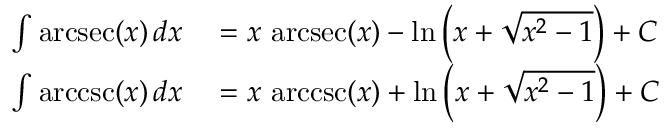
\begin{array} { r l } { \int \operatorname { a r c s e c } ( x ) \, d x } & { { } { } = x \, \operatorname { a r c s e c } ( x ) - \ln \left( x + { \sqrt { x ^ { 2 } - 1 } } \right) + C } \\ { \int \operatorname { a r c c s c } ( x ) \, d x } & { { } { } = x \, \operatorname { a r c c s c } ( x ) + \ln \left( x + { \sqrt { x ^ { 2 } - 1 } } \right) + C } \end{array}